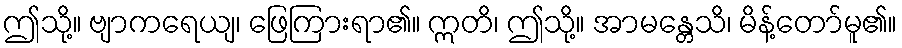
ဤသို့။ ဗျာကရေယျ၊ ဖြေကြားရာ၏။ ဣတိ၊ ဤသို့။ အာမန္တေသိ၊ မိန့်တော်မူ၏။